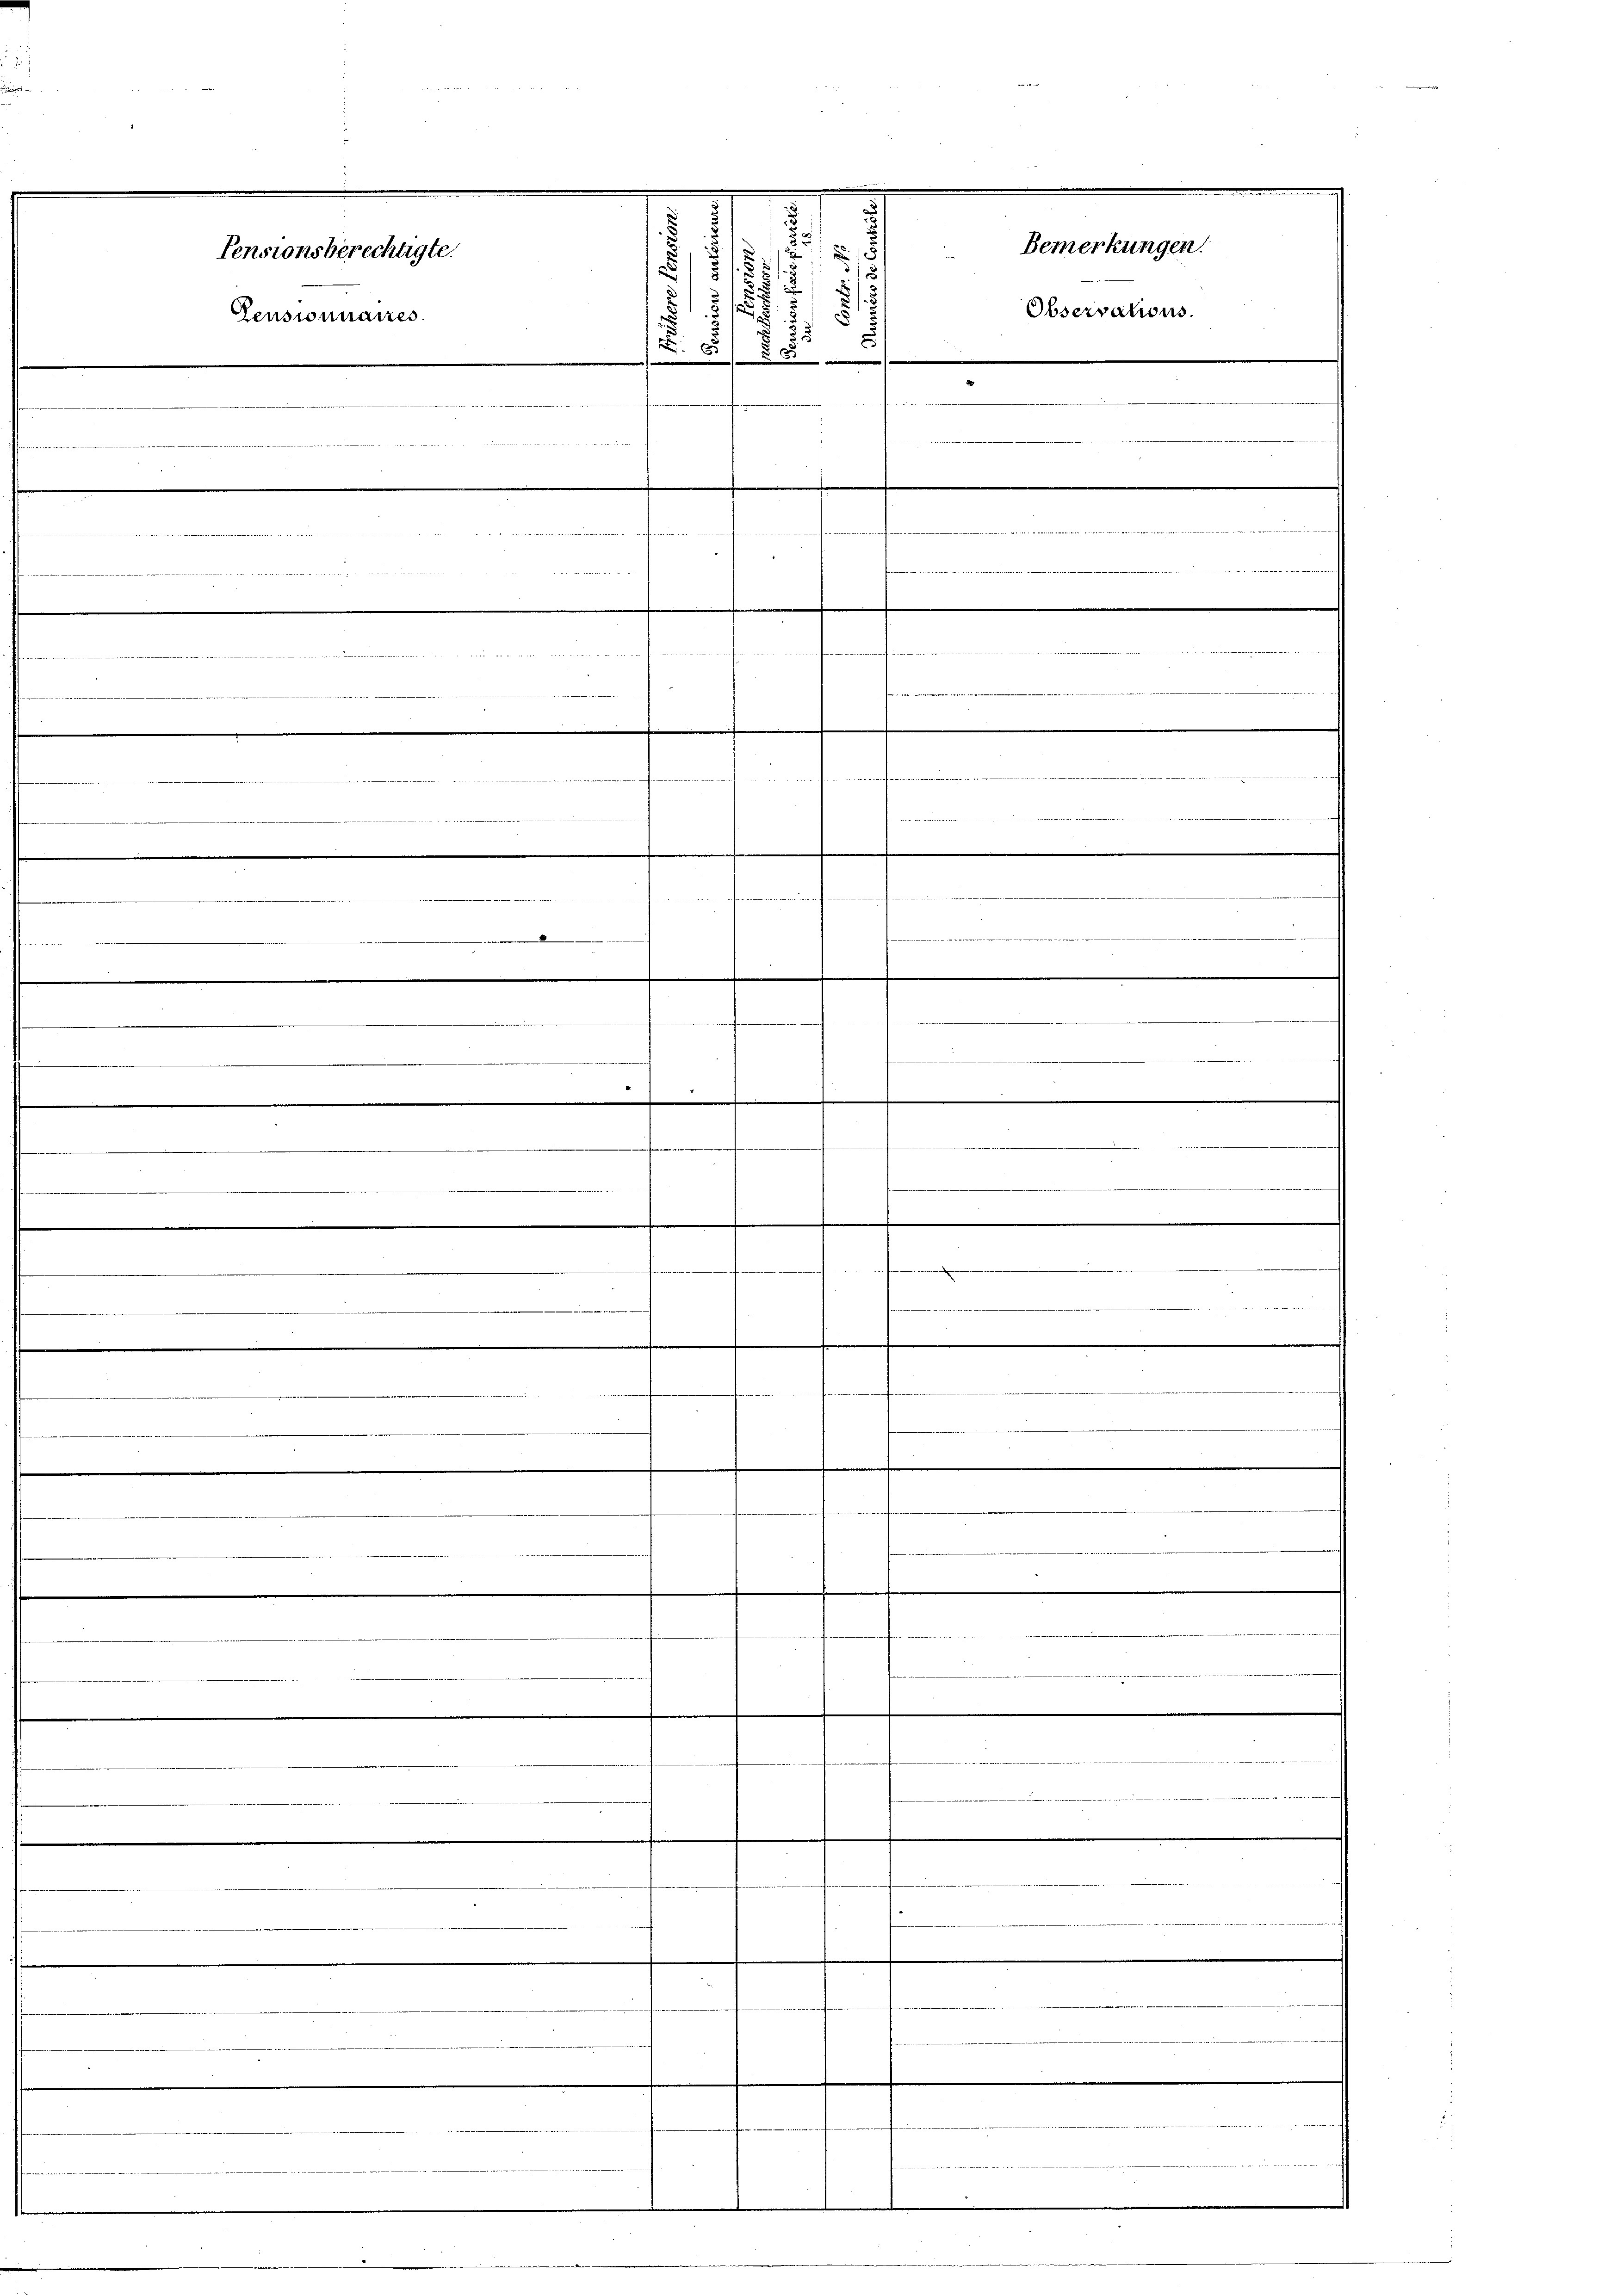
37

......

.

.

1
3
5
2
5 s
.
u
.
75
.
.

.
.
 1 4. B
....
.

7

iri et

.
.
.
.
n

.

.
.
.
.
.
.
e
.

.

Pensionsberechtigte.
Pensionnaires

.
.
. |

e
e

h
.
e
.
.
.

§. 1
515 f
2

2

e
e

.die
e

Bemerkungen.
Observations.